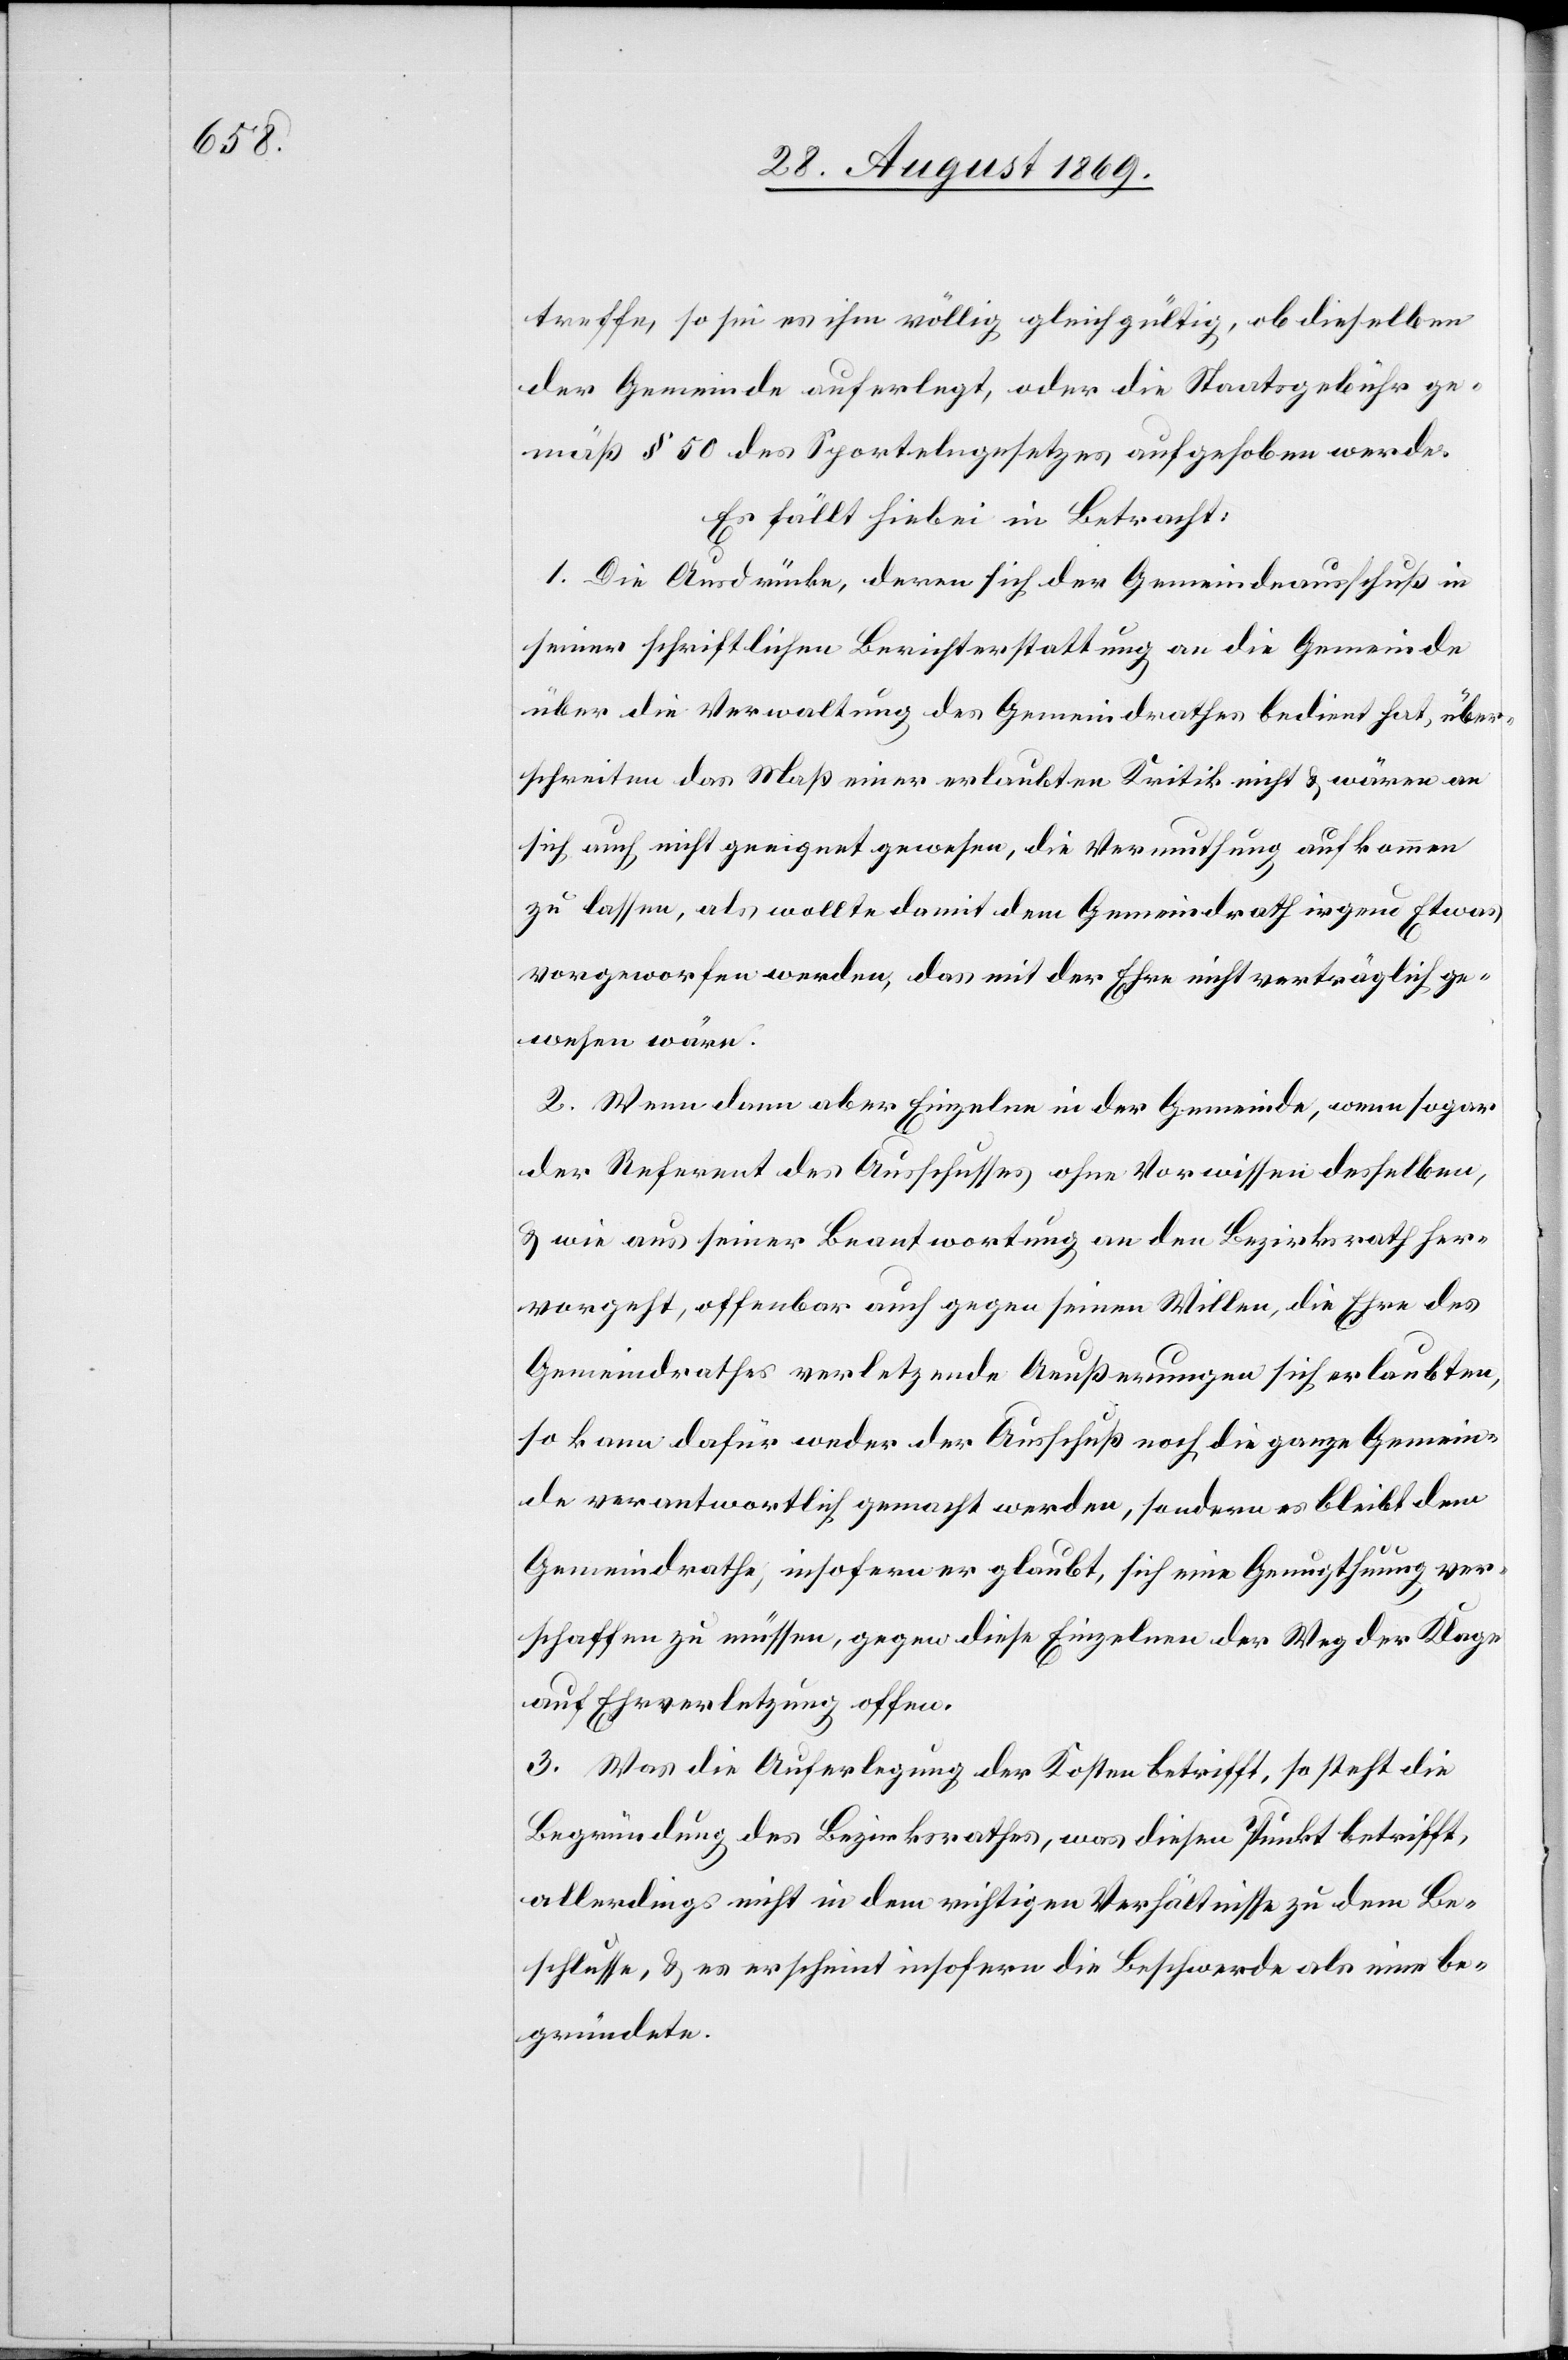
treffe, so sei es ihm völlig gleichgültig, ob dieselben
der Gemeinde auferlegt, oder die Staatsgebühr ge¬
mäß § 50 des Sportelngesetzes aufgehoben werde.
Es fällt hiebei in Betracht:
1. Die Ausdrücke, deren sich der Gemeindeausschuß in
seiner schriftlichen Berichterstattung an die Gemeinde
über die Verwaltung des Gemeindrathes bedient hat, über¬
schreiten das Maß einer erlaubten Kritik nicht & wären an
sich auch nicht geeignet gewesen, die Vermuthung aufkommen
zu lassen, als wollte damit dem Gemeindrath irgend Etwas
vorgeworfen werden, das mit der Ehre nicht verträglich ge¬
wesen wäre.
2. Wenn dann aber einzelne in der Gemeinde, wenn sogar
der Referent des Ausschusses ohne Vorwissen desselben,
& wie aus seiner Beantwortung an den Bezirksrath her¬
vorgeht, offenbar auch gegen seinen Willen, die Ehre des
Gemeindrathes verletzende Aeußerungen sich erlaubten,
so kann dafür weder der Ausschuß noch die ganze Gemein¬
de verantwortlich gemacht werden, sondern es bleibt dem
Gemeindrathe, insofern er glaubt, sich eine Genugthuung ver¬
schaffen zu müssen, gegen diese Einzelnen der Weg der Klage
auf Ehrverletzung offen.
3. Was die Auferlegung der Kosten betrifft, so steht die
Begründung des Bezirksrathes, was diesen Punkt betrifft,
allerdings nicht in dem richtigen Verhältnisse zu dem Be¬
schlusse, & es erscheint insofern die Beschwerde als eine be¬
gründete.